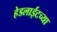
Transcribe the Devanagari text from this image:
हेडलाईटच्या